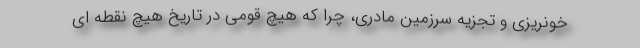
خونریزی و تجزیه سرزمین مادری، چرا که هیچ قومی در تاریخ هیچ نقطه ای